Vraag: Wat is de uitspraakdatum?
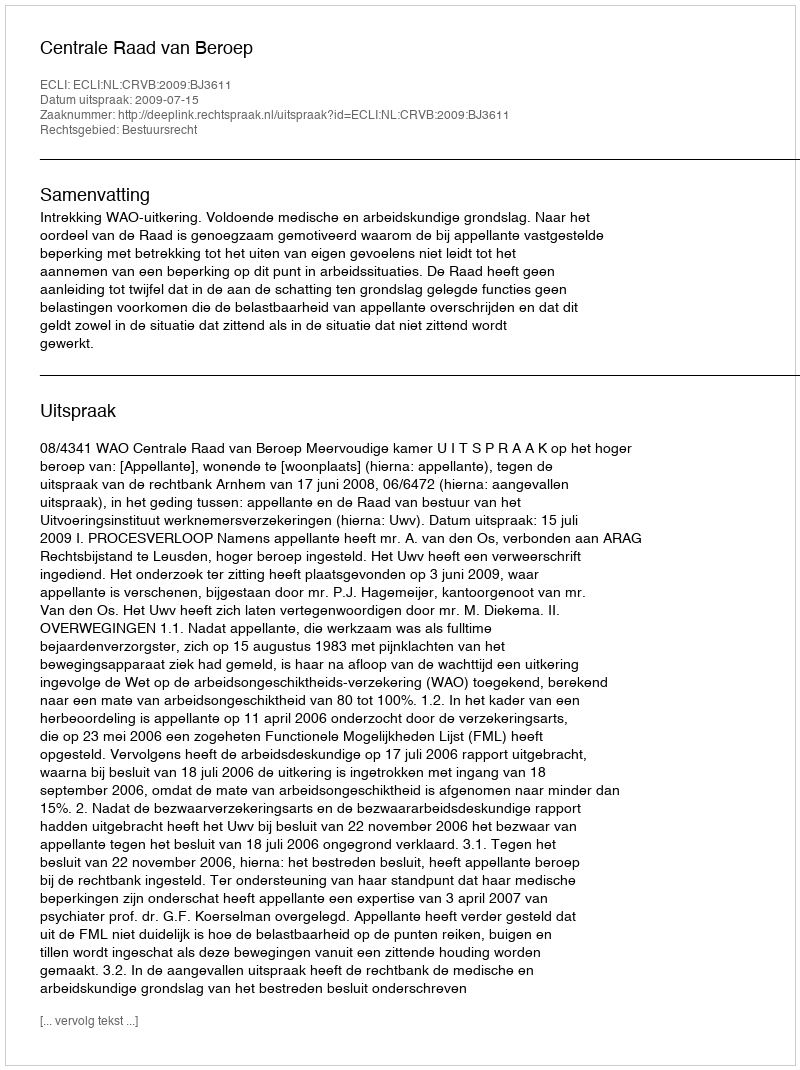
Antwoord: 2009-07-15